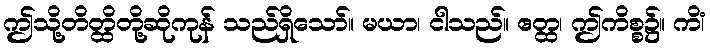
ဤသို့တိတ္ထိတို့ဆိုကုန် သည်ရှိသော်။ မယာ၊ ငါသည်။ ဧတ္ထ၊ ဤကိစ္စ၌။ ကိံ၊